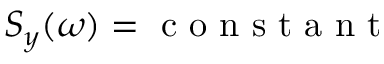
S _ { y } ( \omega ) = \mathrm { ~ c ~ o ~ n ~ s ~ t ~ a ~ n ~ t ~ }